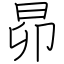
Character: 昴